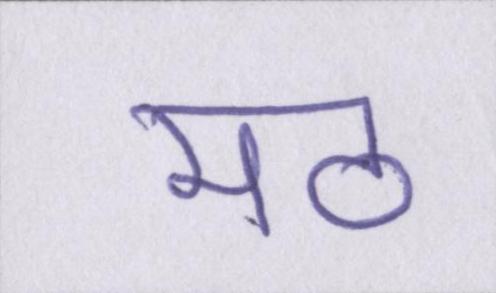
मठ